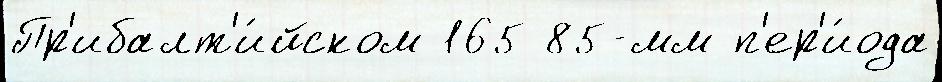
Пр'ибалт'и́йском 165 85-мм п'ер'и́ода